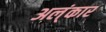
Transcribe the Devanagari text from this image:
अल्ंकार